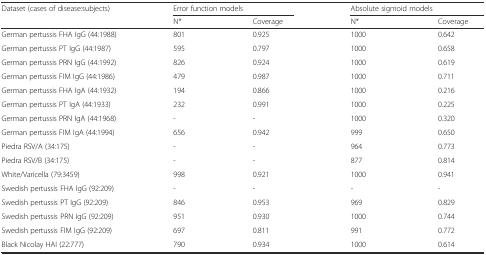
| <ROWSPAN=2> Dataset (cases of disease:subjects) | <COLSPAN=2> Error function models | <COLSPAN=2> Absolute sigmoid models |
 | N* | Coverage | N* | Coverage |
 | --- | --- | --- | --- | --- |
 | German pertussis FHA IgG (44:1988) | 801 | 0.925 | 1000 | 0.642 |
 | German pertussis PT IgG (44:1987) | 595 | 0.797 | 1000 | 0.658 |
 | German pertussis PRN IgG (44:1992) | 826 | 0.924 | 1000 | 0.619 |
 | German pertussis FIM IgG (44:1986) | 479 | 0.987 | 1000 | 0.711 |
 | German pertussis FHA IgA (44:1932) | 194 | 0.866 | 1000 | 0.216 |
 | German pertussis PT IgA (44:1933) | 232 | 0.991 | 1000 | 0.225 |
 | German pertussis PRN IgA (44:1968) | - | - | 1000 | 0.320 |
 | German pertussis FIM IgA (44:1994) | 656 | 0.942 | 999 | 0.650 |
 | Piedra RSV/A (34:175) | - | - | 964 | 0.773 |
 | Piedra RSV/B (34:175) | - | - | 877 | 0.814 |
 | White/Varicella (79:3459) | 998 | 0.921 | 1000 | 0.941 |
 | Swedish pertussis FHA IgG (92:209) | - | - | - | - |
 | Swedish pertussis PT IgG (92:209) | 846 | 0.953 | 969 | 0.829 |
 | Swedish pertussis PRN IgG (92:209) | 951 | 0.930 | 1000 | 0.744 |
 | Swedish pertussis FIM IgG (92:209) | 697 | 0.811 | 991 | 0.772 |
 | Black Nicolay HAI (22:777) | 790 | 0.934 | 1000 | 0.614 |